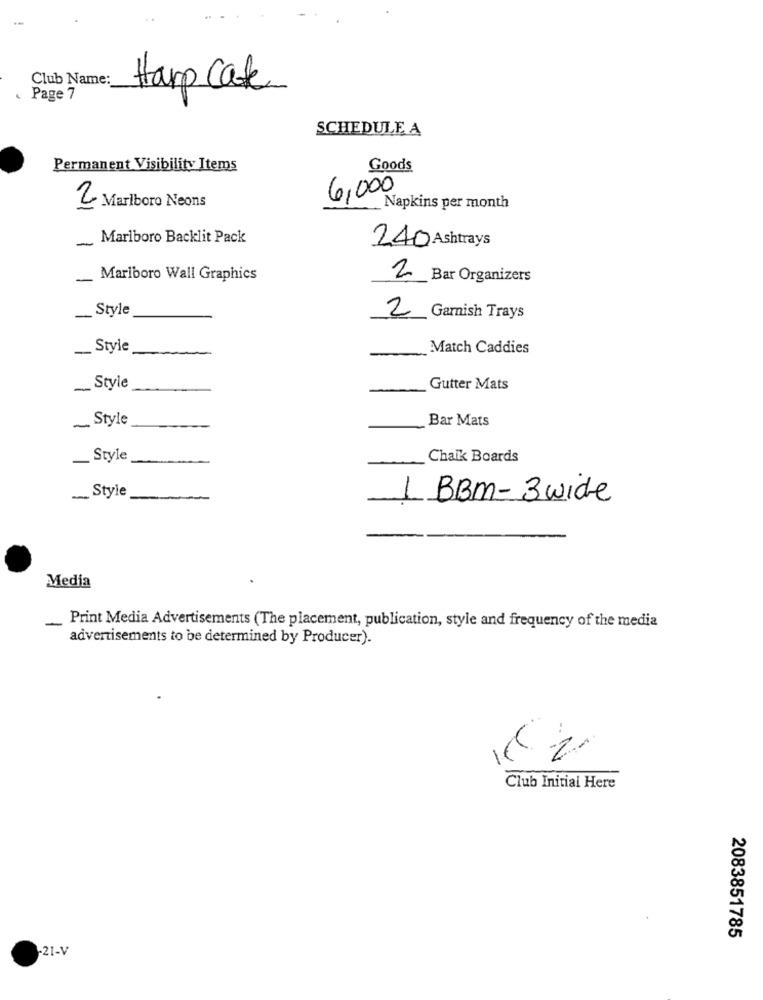
Club Name:
Harp Cafe
. Page 7
SCHEDULE A
Permanent Visibility Items
Goods
6,000
2 Marlboro Neons
Napkins per month
-
Marlboro Backlit Pack
240 Ashtrays
-
Marlboro Wall Graphics
2 Bar Organizers
_Style
2
Garnish Trays
-
_Style
-
Match Caddies
- Style
-
Gutter Mats
~ Style
Bar Mats
_ Style
Chaik Boards
.. Style
1 BBm- 3wide
Media
Print Media Advertisements (The placement, publication, style and frequency of the media
advertisements to be determined by Producer).
Club Initial Here
2083851785
-21-V